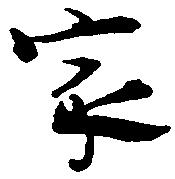
家